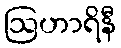
ဩဟာရိနီ